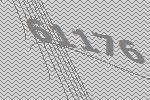
61176